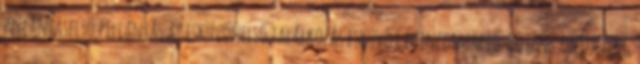
pillantáselső pillantás az esküvőnelső találkozás esküvő Céginformáció: BOJAN CONSULTING